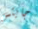
جايتس